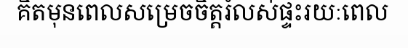
គិតមុនពេលសម្រេចចិត្តរំលស់ផ្ទះរយៈពេល